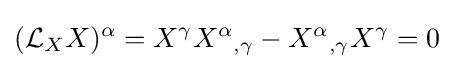
({\mathcal {L}}_{X}X)^{\alpha }=X^{\gamma }X^{\alpha }{}_{,\gamma }-X^{\alpha }{}_{,\gamma }X^{\gamma }=0